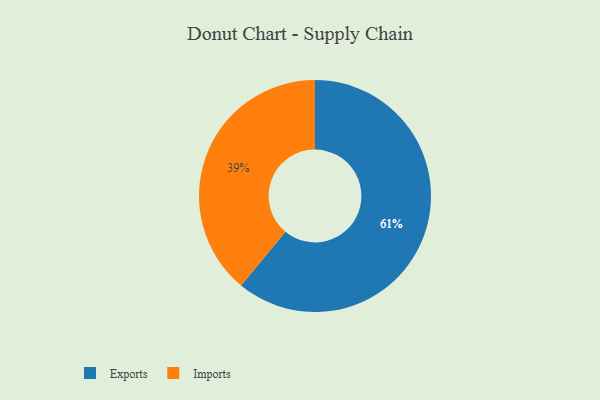
{"axis": {"x": "Category", "y": "Percentage"}, "legend": ["Exports", "Imports"], "data": [{"x": "Exports", "y": 61, "type": "Exports"}, {"x": "Imports", "y": 39, "type": "Imports"}]}